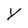
Character: Y